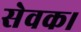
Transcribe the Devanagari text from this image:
सेवक।